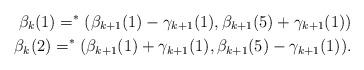
LaTeX: \begin{align*}\beta_k(1) = ^*(\beta_{k+1}(1)-\gamma_{k+1}(1),\beta_{k+1}(5)+\gamma_{k+1}(1)) \\\beta_k(2) = ^*(\beta_{k+1}(1)+\gamma_{k+1}(1),\beta_{k+1}(5)-\gamma_{k+1}(1)).\end{align*}